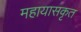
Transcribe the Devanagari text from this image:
महायासकृत